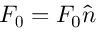
\boldsymbol { F _ { 0 } } = F _ { 0 } \boldsymbol { \hat { n } }